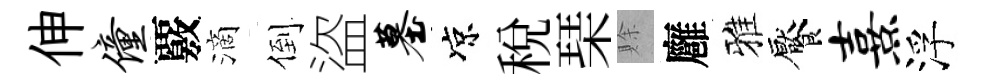
伸僮覈滴倒盜墓凉稅琹賖廱雅饜熹浮